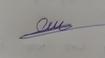
Signature authenticity: genuine